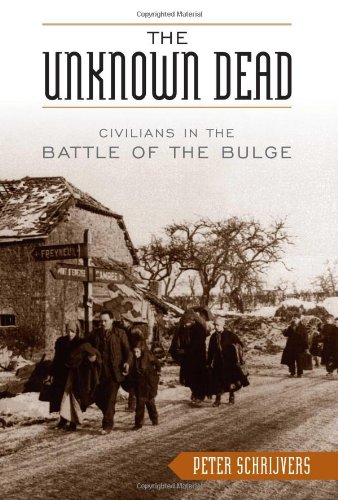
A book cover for The Unknown Dead: Civilians in the Battle of the Bulge; Peter Schrijvers; History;